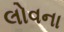
લોવના